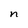
Character: n